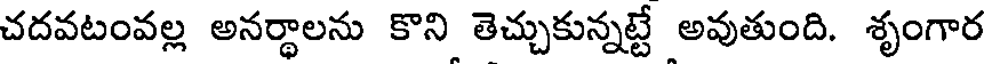
చదవటంవల్ల అనర్థాలను కొని తెచ్చుకున్నట్టే అవుతుంది. శృంగార